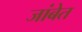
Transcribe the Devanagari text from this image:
जांबेत